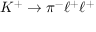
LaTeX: K ^ { + } \rightarrow \pi ^ { - } \ell ^ { + } \ell ^ { + }